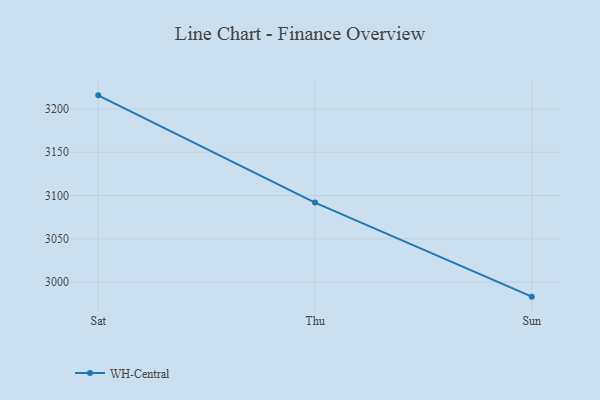
{"axis": {"x": "Day", "y": "Demand Index"}, "legend": ["WH-Central"], "data": [{"x": "Sat", "y": 3215.7, "type": "WH-Central"}, {"x": "Thu", "y": 3091.8, "type": "WH-Central"}, {"x": "Sun", "y": 2983.2, "type": "WH-Central"}]}